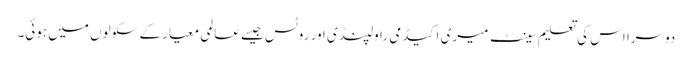
دوسرا اس کی تعلیم سینٹ میری اکیڈمی راولپنڈی اور روٹس جیسے عالمی معیار کے سکولوں میں ہوئی۔